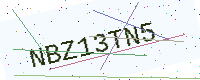
Text: NBZ13TN5